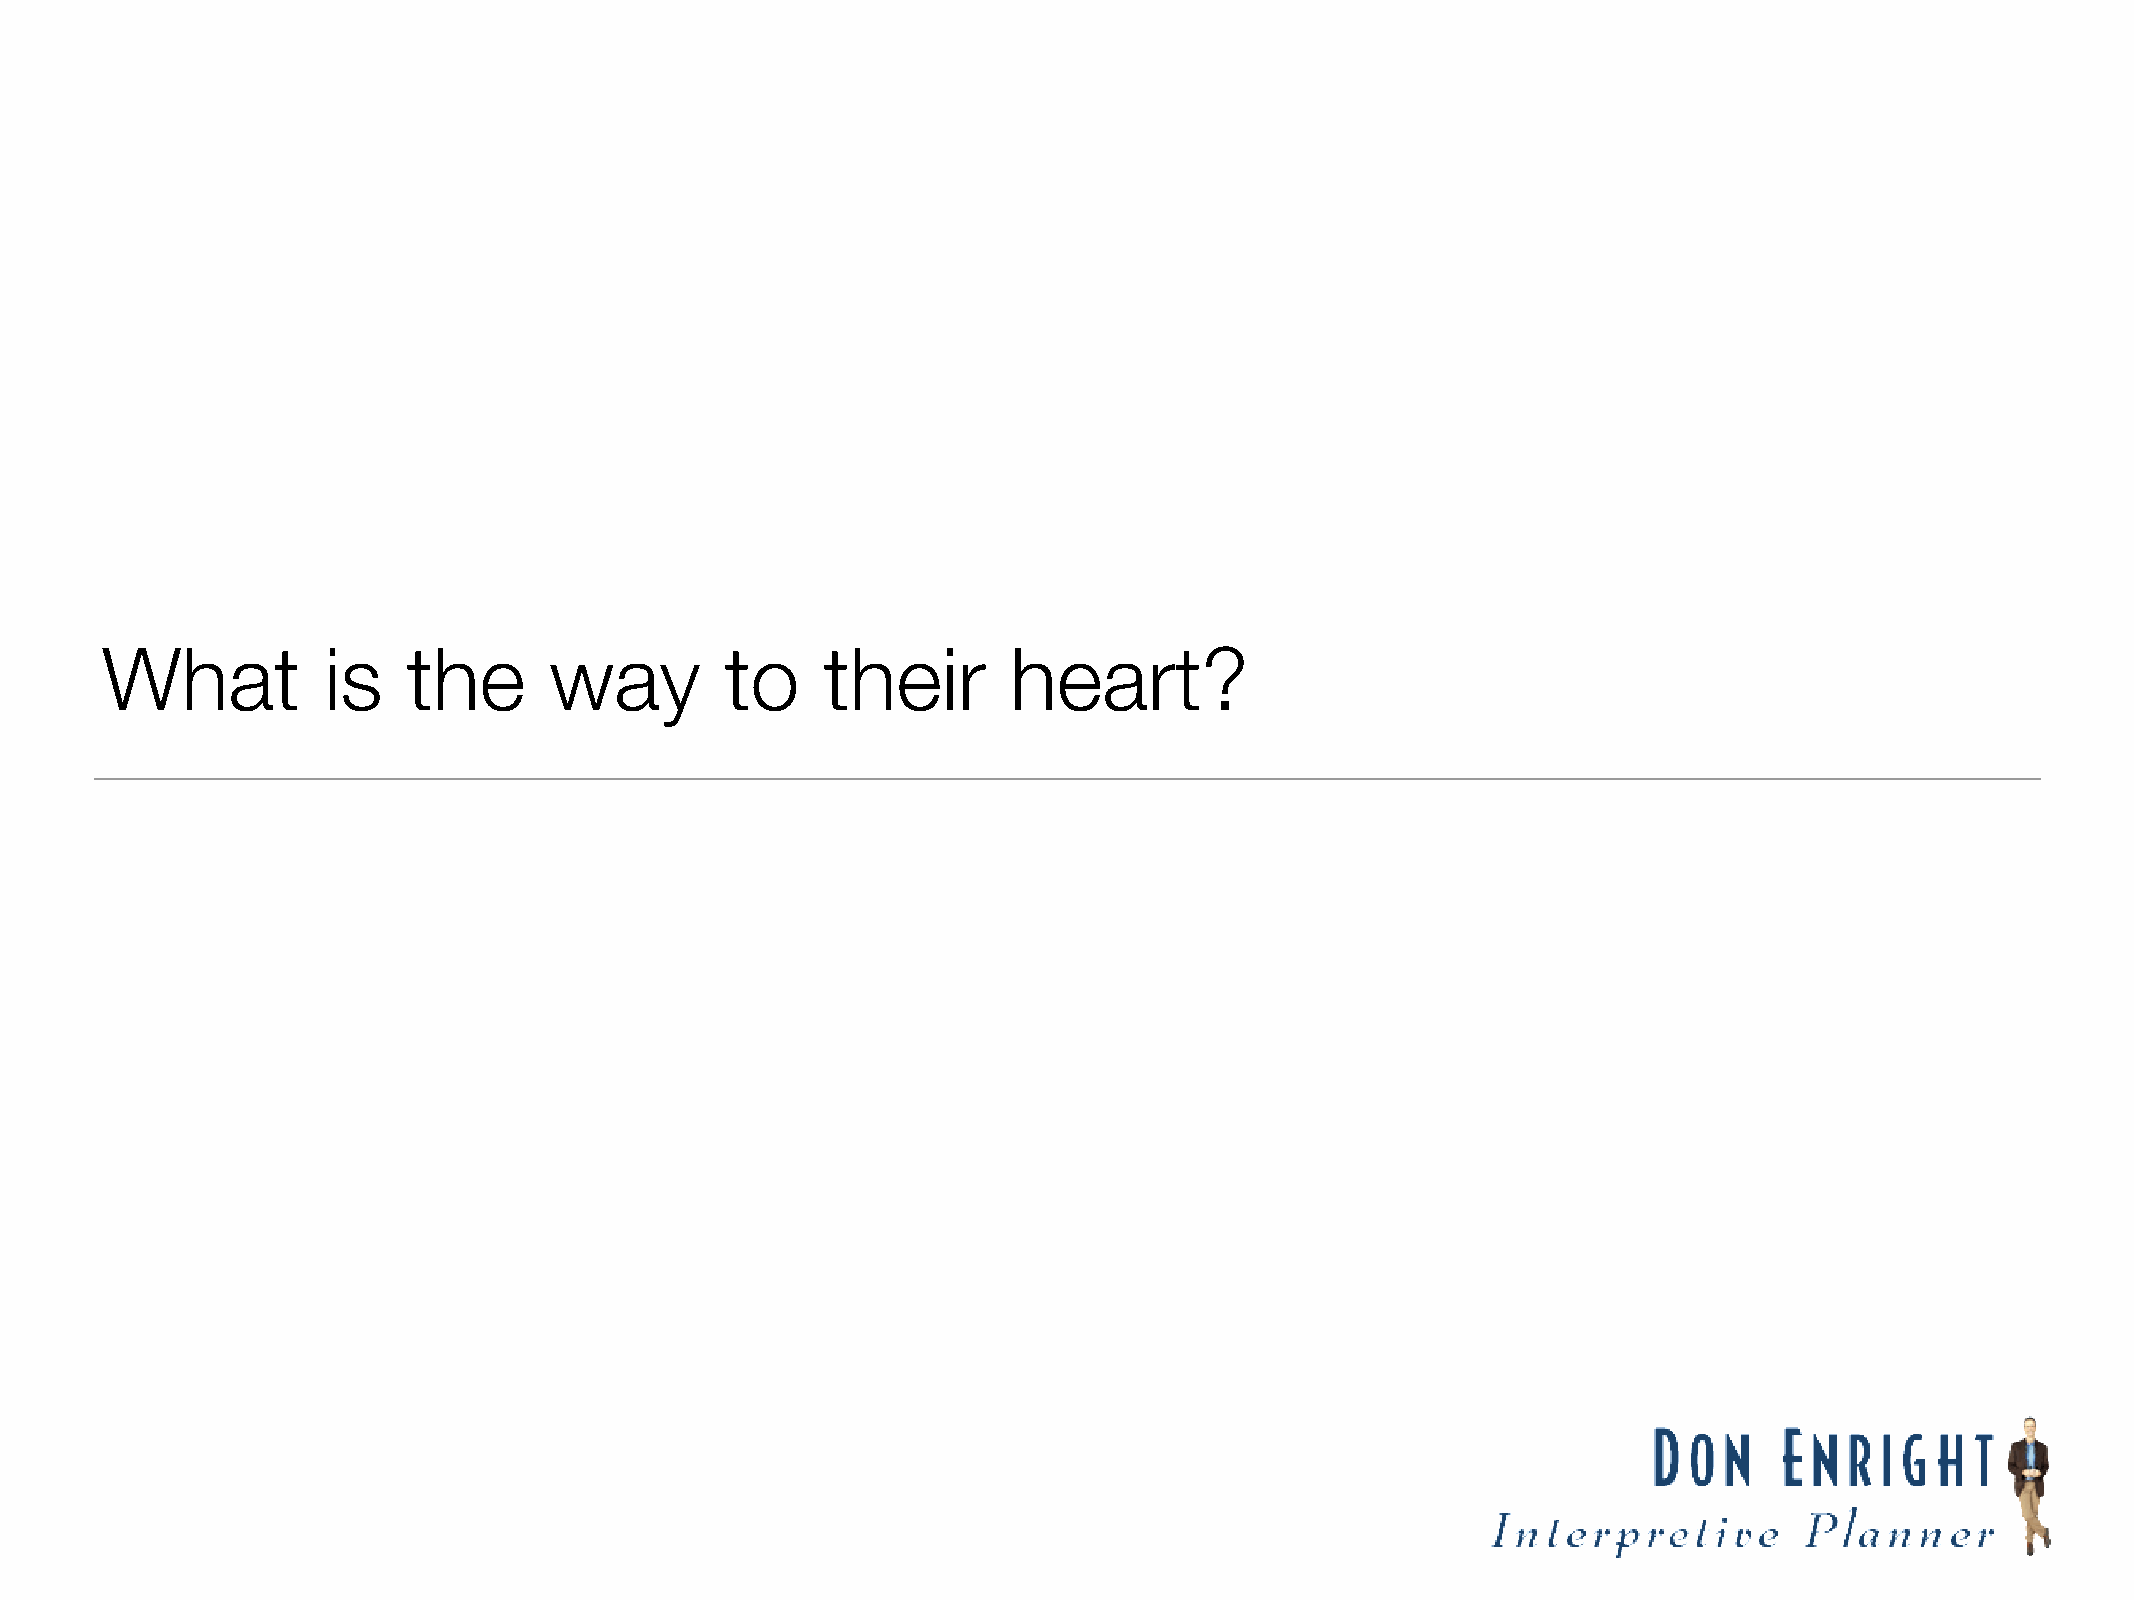
What          is    the      way         to     their       heart?